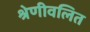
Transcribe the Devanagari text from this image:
श्रेणीवलित